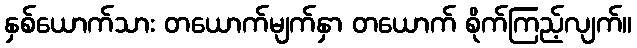
နှစ်ယောက်သား တယောက်မျက်နှာ တယောက် စိုက်ကြည့်လျက်။